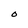
Character: O